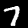
Digit: 7